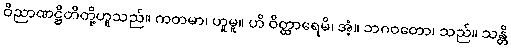
ဝိညာဏဋ္ဌိတိတို့ဟူသည်။ ကတမာ၊ ဟူမူ။ ဟိ ဝိတ္ထာရေမိ၊ အံ့။ ဘဂဝတော၊ သည်။ သန္တိ